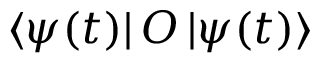
\mathinner { \langle { \psi ( t ) } | } O \mathinner { | { \psi ( t ) } \rangle }